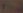
2